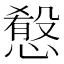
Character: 𢡯